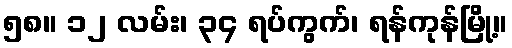
၅၈။ ၁၂ လမ်း၊ ၃၄ ရပ်ကွက်၊ ရန်ကုန်မြို့။